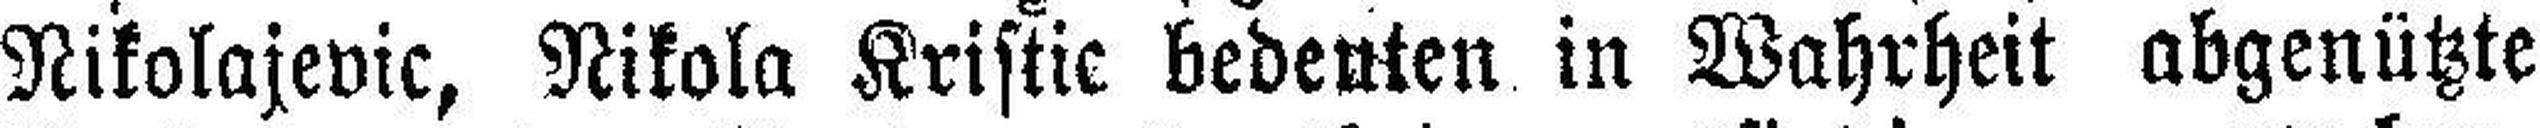
Nikolajevic, Nikola Kristic bedenten in Wahrheit abgenützte